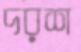
দরশ